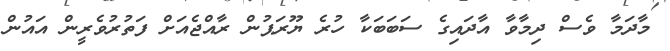
މާދަމާ ވެސް ދިމާވާ އާދައިގެ ސަބަބަކާ ހުރެ ޔޫރަޕުން ރާއްޖެއަށް ފަތުރުވެރީން އައުން